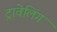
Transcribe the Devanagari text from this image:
ट्रावेलिंग